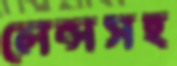
লেন্সসহ